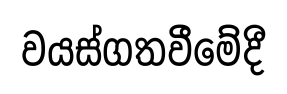
වයස්ගතවීමේදී